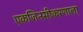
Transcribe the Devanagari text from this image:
एकजिनसीकरणाला